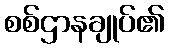
စစ်ဌာနချုပ်၏